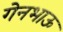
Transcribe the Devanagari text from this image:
गेनभाऊ